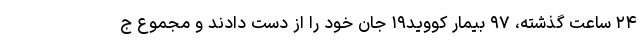
۲۴ ساعت گذشته، ۹۷ بیمار کووید۱۹ جان خود را از دست دادند و مجموع ج